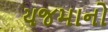
યજમાનો